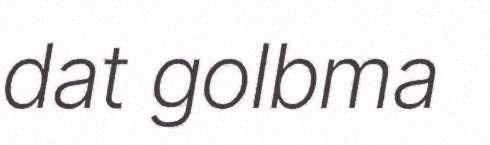
dat golbma